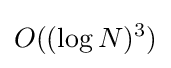
O((\log N)^{3})